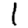
Digit: 1